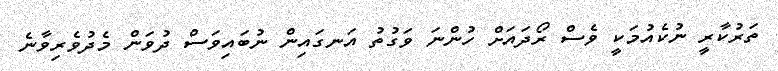
ތަރުކާރީ ނުކެއުމަކީ ވެސް ރޯދައަށް ހުންނަ ވަގުތު އަނގައިން ނުބައިވަސް ދުވަން މެދުވެރިވާނެ